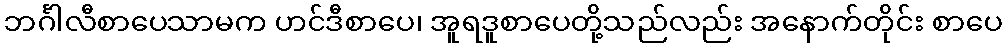
ဘင်္ဂါလီစာပေသာမက ဟင်ဒီစာပေ၊ အူရဒူစာပေတို့သည်လည်း အနောက်တိုင်း စာပေ